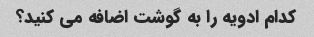
کدام ادویه را به گوشت اضافه می کنید؟